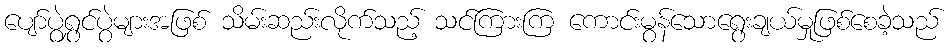
ပျော်ပွဲရွှင်ပွဲများအဖြစ် သိမ်းဆည်းလိုက်သည့် သင်ကြားကြ ကောင်းမွန်သောရွေးချယ်မှုဖြစ်စေခဲ့သည်